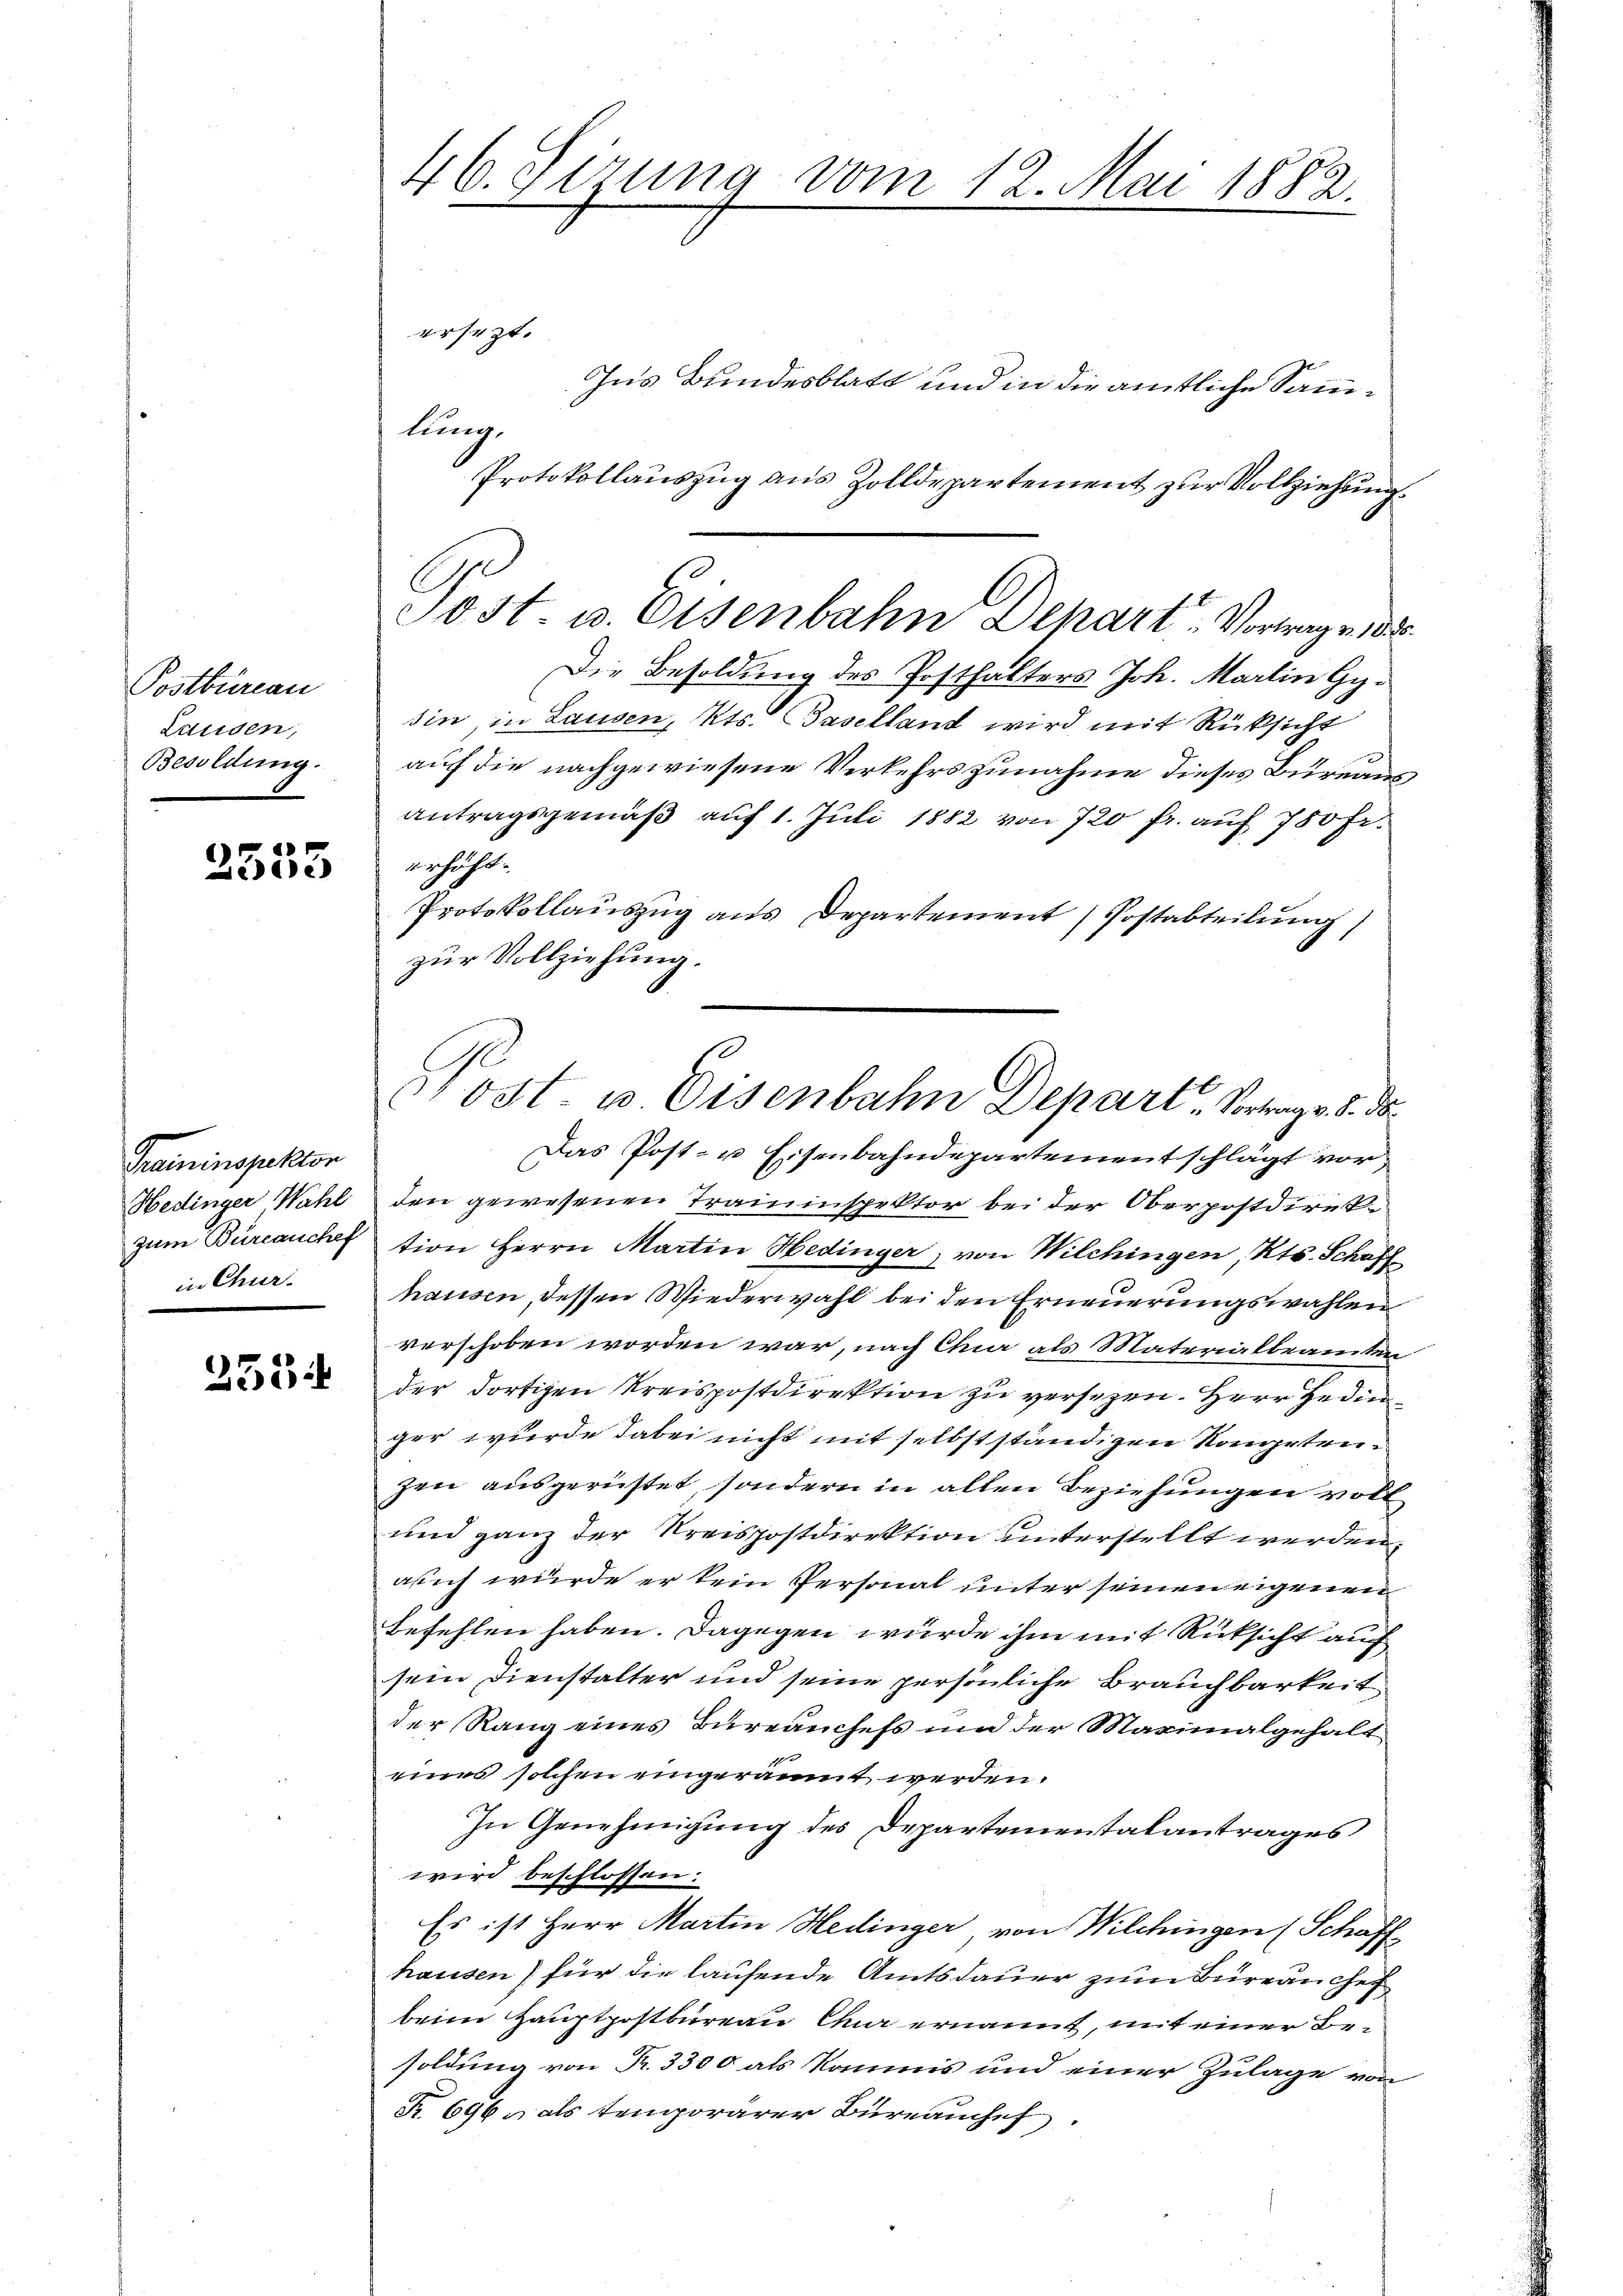
Postbureau
Lausen,
Besoldung.

1
2300

Traininspektor
Hedinger, Wahl
in Chur.

2554

46. Sizung vom 12. Mai 1882.
ersezt.

Ins Bundesblatt und in die amtliche Sammlung.
Protokollauszug aus Zolldepartement zur Vollziehung
Die Besoldung des Posthalters Joh. Martin Gysin in Lausen, Kts. Basellant wird mit Rüksicht
auf die nachgewiesene Verkehrszunahme dieses Burgung
antragsgemäß auf 1. Juli 1882 von 720 fr. auf 750 fr.
erhöht.
Protokollauszug aus Departement Postabteilung
zur Vollziehung.
Das Post- u Eisenbahndepartementschlägt vor
den gewesenen Traminspektor bei der Oberpostdirekzum Büreauch tion Herrn Martin Hedinger, von Wilchingen, Kts. Schaff
hausen, dessen Wiederwahl bei den Erneuerungswahlen
verschoben worden war, nach Chur als Materialbeamten
der dortigen Kreispostdirektion zu versezen. Herr Hedin
ger wurde dabei nicht mit selbstständigen Kometenzen ausgerüstet, sondern in allen Beziehungen voll
und ganz der Kreispostdirektion unterstellt werden.
auch wurde er kein Personal unter seinen eigenen
befehlen haben. Dagegen würde ihm mit Rüksicht auch
sein Dienstalter und seine persönliche Brauchbarkeit
der Rang eines Bureauchefs und der Maximalgehalt
eines solchen eingeräumt werden.
In Genehmigung des Departementalantrages
wird beschlossen.
Es ist Herr Martin Hedinger von Wilchingen (Schaff
hausen) für die laufende Amtsdauer zum Büreau chef
beim Hauptpostbureau Chur ernannt, mit einer Besoldung von Fr. 3300 als kommis und einer Zulage von
Fr. 696, als temporärer Büreauchef

Post u. Eisenbahn Depart. Vortragen des

n

Post u. Eisenbahn Depart. Vortrage d. d.